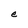
Character: e